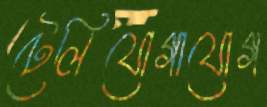
টেলিযোগাযোগ